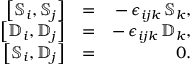
\begin{array} { r l r } { \left[ { \mathbb S } _ { i } , { \mathbb S } _ { j } \right] } & { = } & { - \, \epsilon _ { i j k } \, { \mathbb S } _ { k } , } \\ { \left[ { \mathbb D } _ { i } , { \mathbb D } _ { j } \right] } & { = } & { - \, \epsilon _ { i j k } \, { \mathbb D } _ { k } , } \\ { \left[ { \mathbb S } _ { i } , { \mathbb D } _ { j } \right] } & { = } & { 0 . } \end{array}